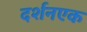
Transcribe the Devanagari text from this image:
दर्शनएक